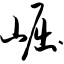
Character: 崛